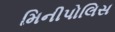
મિનીપોલિસ